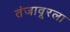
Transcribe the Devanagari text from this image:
तंजावूरला